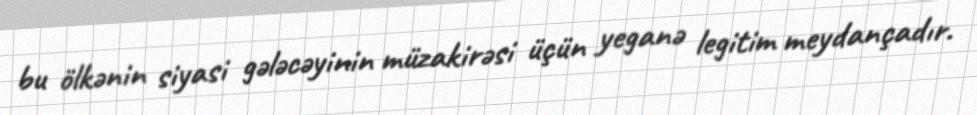
bu ölkənin siyasi gələcəyinin müzakirəsi üçün yeganə legitim meydançadır.